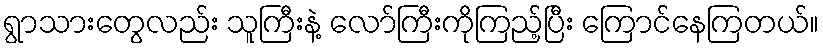
ရွာသားတွေလည်း သူကြီးနဲ့ လော်ကြီးကိုကြည့်ပြီး ကြောင်နေကြတယ်။